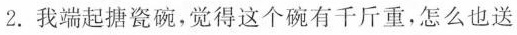
2. 我端起搪瓷碗，觉得这个碗有千斤重，怎么也送